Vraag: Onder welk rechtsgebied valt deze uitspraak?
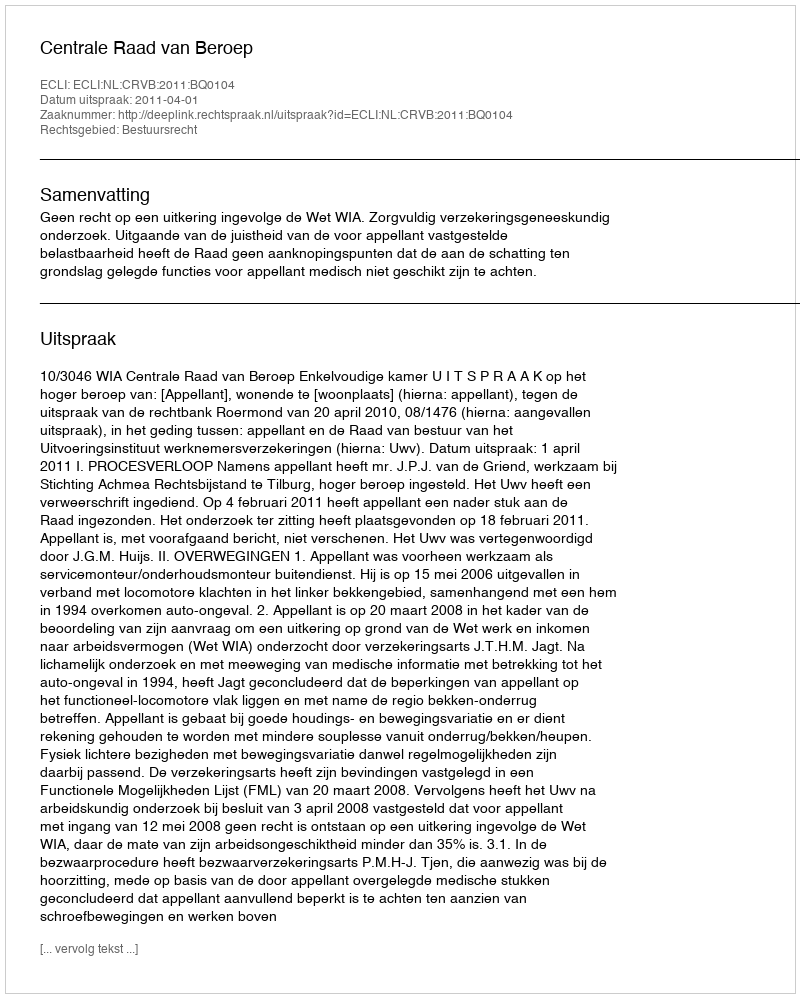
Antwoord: Bestuursrecht